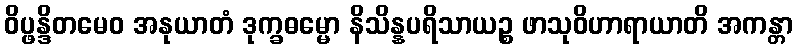
ဝိပ္ဖန္ဒိတမေဝ အနုယာတံ ဒုက္ခဓမ္မော နိသိန္နပရိသာယဉ္စ ဖာသုဝိဟာရာယာတိ အကန္တာ